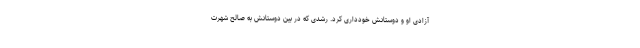
آزادی او و دوستانش خودداری کرد. رشدی که در بین دوستانش به صالح شهرت